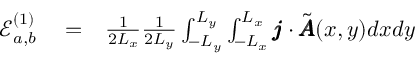
\begin{array} { r l r } { \mathcal { E } _ { a , b } ^ { ( 1 ) } } & { { } = } & { \frac { 1 } { 2 L _ { x } } \frac { 1 } { 2 L _ { y } } \int _ { - L _ { y } } ^ { L _ { y } } \int _ { - L _ { x } } ^ { L _ { x } } \pmb { j } \cdot \tilde { \pmb { A } } ( x , y ) d x d y } \end{array}